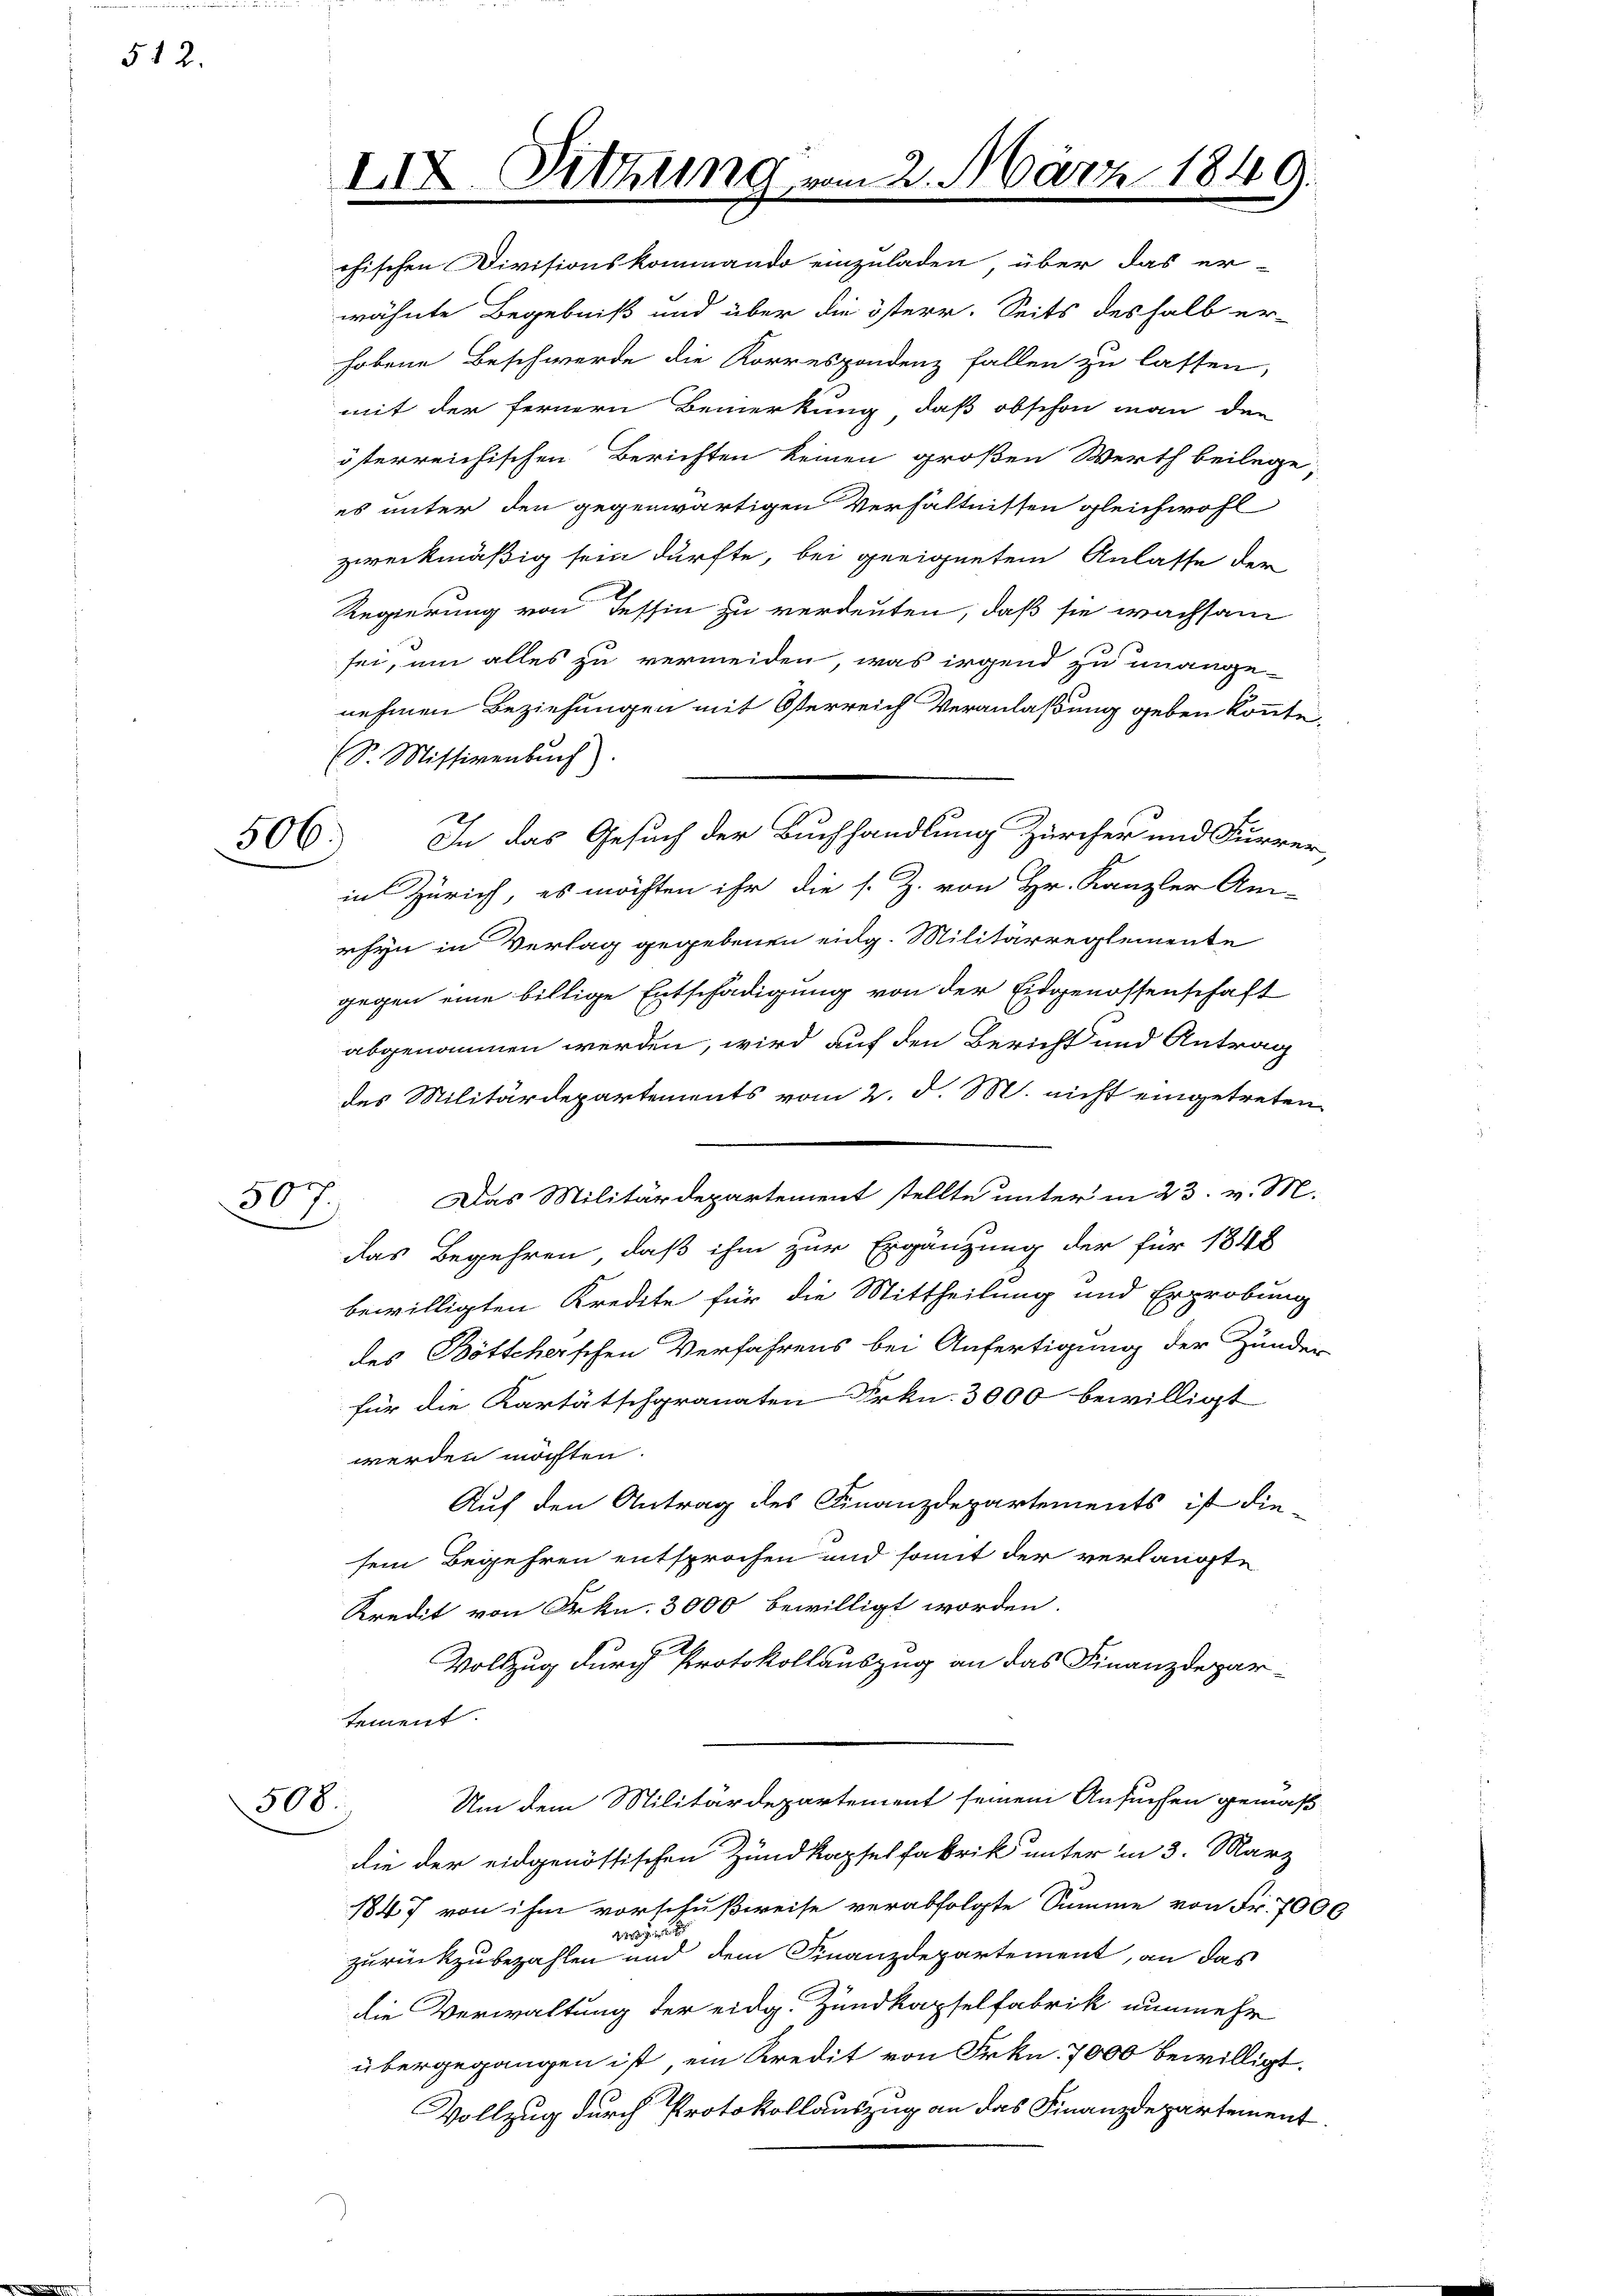
512.

506.

507.

I18

Sitzung vom 2. März 1849.

wähnte Begebniß und über die österr. Seits deshalb er-
hobene Beschwerde die Korrespondenz fallen zu lassen,
mit der fernern Bemerkung, daß obschon man den
österreichischen Berichten keinen großen Werth beilege
es unter den gegenwärtigen Verhältnissen gleichwohl
zweckmäßig sein dürfte, bei geeignetem Anlasse der
Regierung von Tessin zu verdeuten, daß sie wachsam
sei, um alles zu vermeiden, was irgend zu unange-
nehmen Beziehungen mit Osterreich Veranlaßung geben könnte,
(S. Missivenbuch)
In das Gesuch der Buchhandlung Zürcher und Furrer,
in Zürich, es möchten ihr die s. Z. von Hr. Kanzler An-
rhyn in Verlag gegebenen eidg. Militärreglemente
gegen eine billige Entschädigung von der Eidgenossenschaft
abgenommen werden, wird auf den Bericht und Antrag
des Militärdepartements vom 2. d. M. nicht eingetreten
Das Militärdepartement stellte unter in 23. v. M.
das Begehren, daß ihm zur Ergänzung der für 1848
bewilligten Kredite für die Mittheilung und Erprobung
des Böttcherschen Verfahrens bei Anfertigung der Zunder
für die Kartätschgranaten Frkn. 3000 bewilligt
werden möchten.
Auf den Antrag des Finanzdepartements ist die-
sein Begehren entsprochen und somit der verlangte
Kredit von Frkn. 3000 bewilligt worden.
Vollzug durch Protokollauszug an das Finanzdepartement.
Um dem Militärdepartement seinem Ansuchen gemäß
308.
die der eidgenössischen Zundkapsel fabrik unter in 3. März
1847 von ihm vorschußweise verabfolgte Summe von Fr. 7000
g
zurückzubezahlen und dem Finanzdepartement, an das
die Verwaltung der eidg. Zundkapselfabrik nunmehr
übergegangen ist, ein Kredit von Frkn. 7000 bewilligt.
Vollzug durch Protokollauszug an das Finanzdepartement.